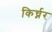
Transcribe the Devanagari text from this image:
किर्च्नर